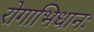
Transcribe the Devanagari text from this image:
रोगाभिधानः